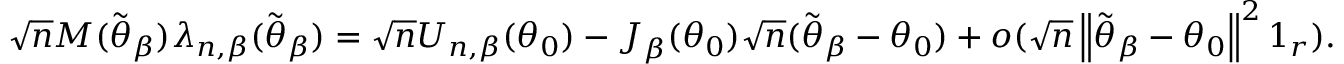
\sqrt { n } \boldsymbol { M } ( \widetilde { \boldsymbol { \theta } } _ { \beta } ) \boldsymbol { \lambda } _ { n , \beta } ( \widetilde { \boldsymbol { \theta } } _ { \beta } ) = \sqrt { n } \boldsymbol { U } _ { n , \beta } ( \boldsymbol { \theta } _ { 0 } ) - \boldsymbol { J } _ { \beta } ( \boldsymbol { \theta } _ { 0 } ) \sqrt { n } ( \widetilde { \boldsymbol { \theta } } _ { \beta } - \boldsymbol { \theta } _ { 0 } ) + o ( \sqrt { n } \left\Vert \widetilde { \boldsymbol { \theta } } _ { \beta } - \boldsymbol { \theta } _ { 0 } \right\Vert ^ { 2 } \boldsymbol { 1 } _ { r } ) .